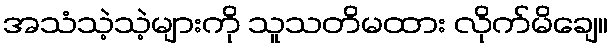
အသံသဲ့သဲ့များကို သူသတိမထား လိုက်မိချေ။